Problem: 40 - 33 = ?
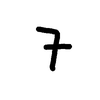
Handwritten answer: 7